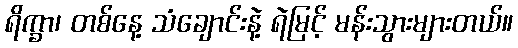
ရိက္ခာ၊ တစ်နေ့ သံချောင်းနဲ့ ရဲမြင့် မန်းသွားများတယ်။